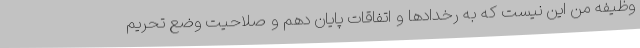
وظیفه من این نیست که به رخدادها و اتفاقات پایان دهم و صلاحیت وضع تحریم